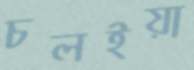
চলইয়া